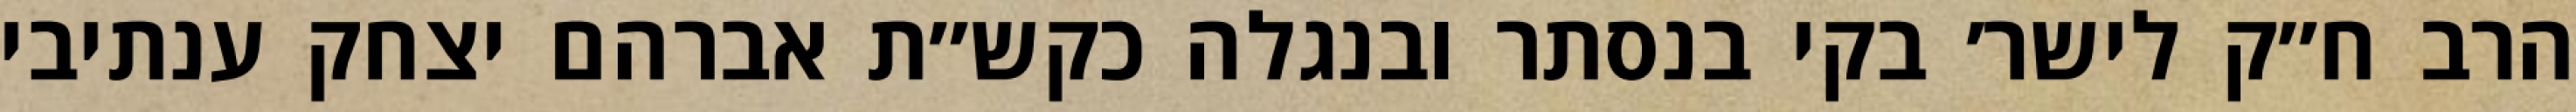
הרב ח״ק לישר׳ בקי בנסתר ובנגלה כקש״ת אברהם יצחק ענתיבי